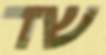
שד